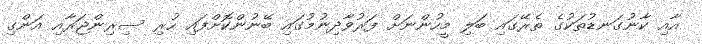
އާއި ކާނުގަނޑުތަކުގެ ތެރޭގައި ބަލި މީހުންނަށް ފަރުވާދިނުމުގައި ބޭނުންކޮށްފައި ހުރި ސިރިންޖަރާއި އަންގި